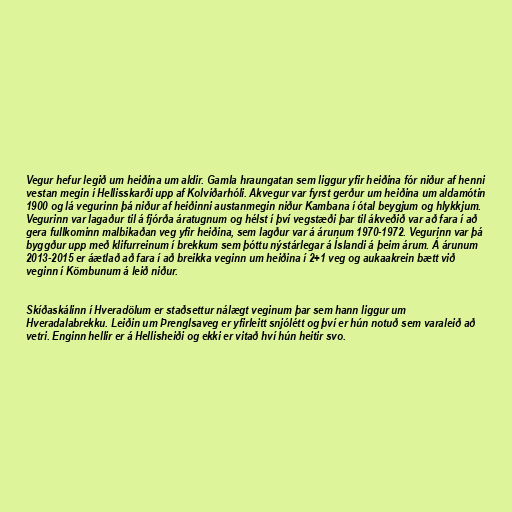
Vegur hefur legið um heiðina um aldir. Gamla hraungatan sem liggur yfir heiðina fór niður af henni
vestan megin í Hellisskarði upp af Kolviðarhóli. Akvegur var fyrst gerður um heiðina um aldamótin
1900 og lá vegurinn þá niður af heiðinni austanmegin niður Kambana í ótal beygjum og hlykkjum.
Vegurinn var lagaður til á fjórða áratugnum og hélst í því vegstæði þar til ákveðið var að fara í að
gera fullkominn malbikaðan veg yfir heiðina, sem lagður var á árunum 1970-1972. Vegurinn var þá
byggður upp með klifurreinum í brekkum sem þóttu nýstárlegar á Íslandi á þeim árum. Á árunum
2013-2015 er áætlað að fara í að breikka veginn um heiðina í 2+1 veg og aukaakrein bætt við
veginn í Kömbunum á leið niður.

Skíðaskálinn í Hveradölum er staðsettur nálægt veginum þar sem hann liggur um
Hveradalabrekku. Leiðin um Þrenglsaveg er yfirleitt snjólétt og því er hún notuð sem varaleið að
vetri. Enginn hellir er á Hellisheiði og ekki er vitað hví hún heitir svo.